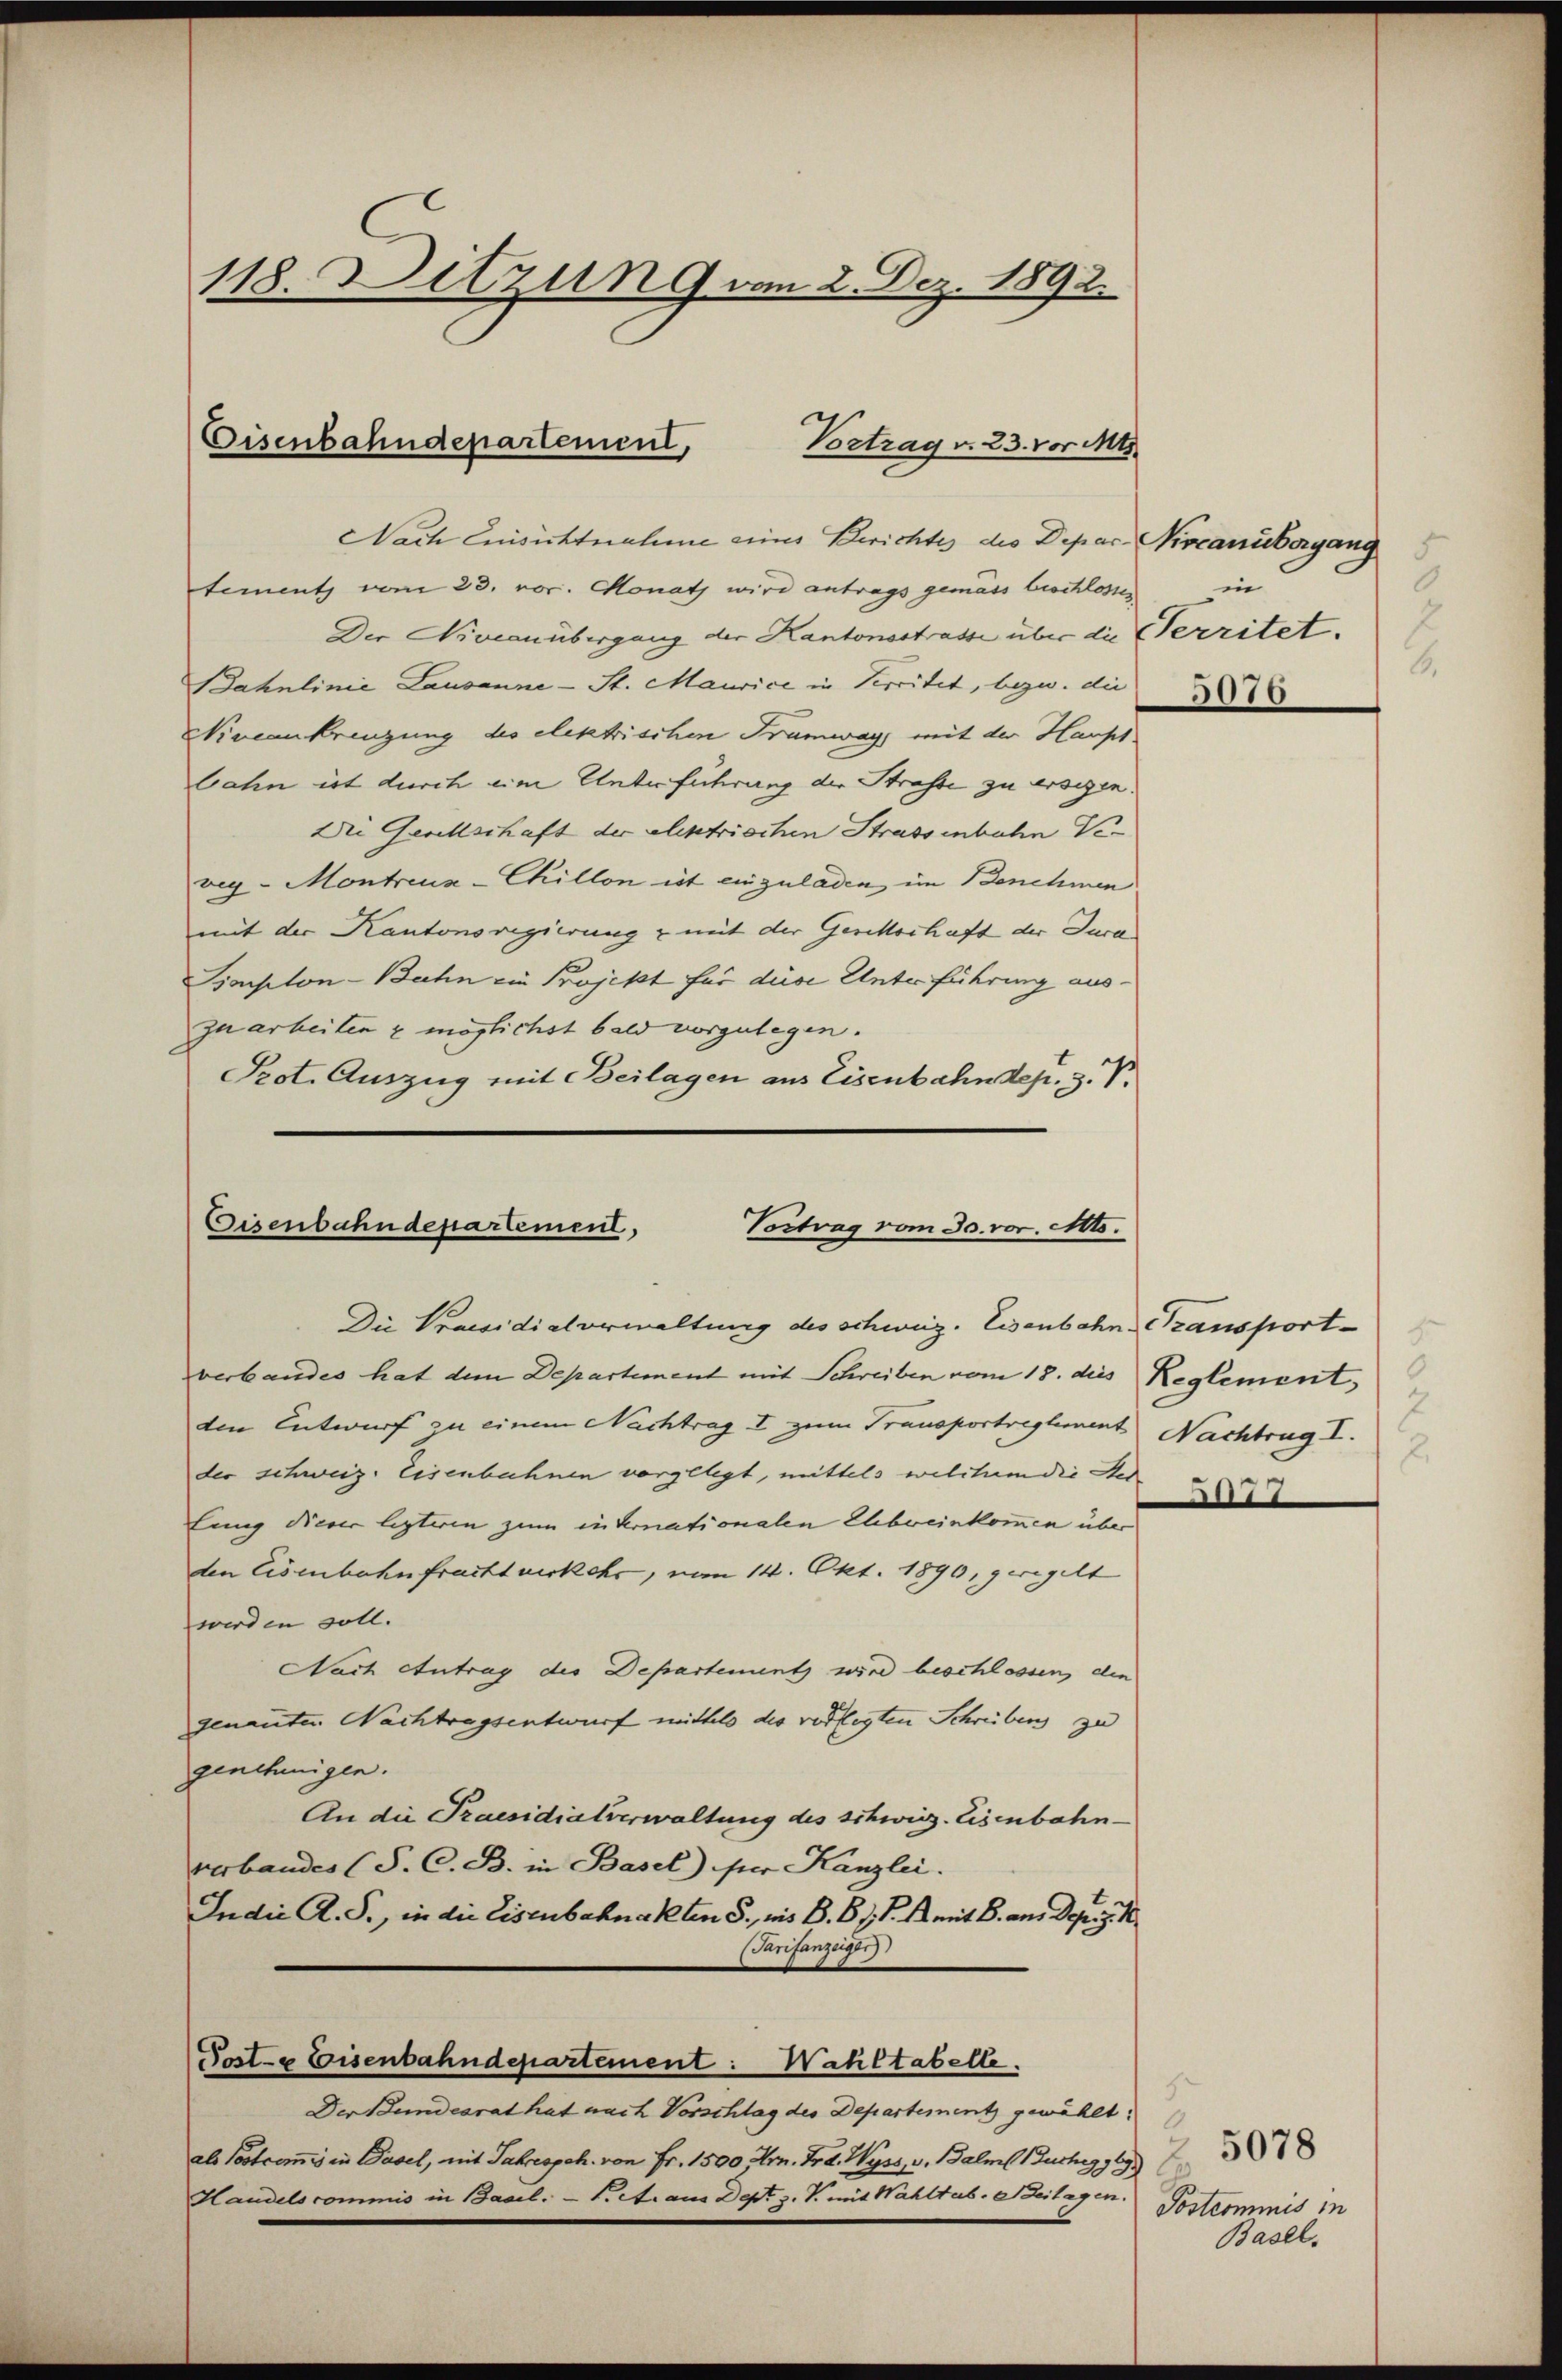
118. Ditzung vom 2. Dez. 1892.

Eisenbahndepartement,
Vortrag v. 23. vor. Mts.

Nach Einsichtnahme eines Berichtes des Depar- Nircanubergang
tement vom 23. vor. Monath wird antrags gemäss beschlosses in
Der Nrocanübergang der Kantonsstraße über die Verritet.
Bahnlinie Lausanne - St. Maurice in Vereitet, bezw. die
Nivcankreuzung des elektrischen Tramway, mit der Hauptbahn ist durch eine Unterführung der Strasse zu ersezen.
Die Gesellschaft der elektrischen Strassenbahn Veveg - Montreux-Chillon ist einzuladen im Benehmen
mit der Kantonsregierung & mit der Gerckschaft der Jura
Limpton-Bahn ein Projekt für diese Unterführung auszu arbeiten & möglichst bald vorzulegen.
Prot. Auszug mit Beilagen aus Eisenbahndep. 3. V.

Eisenbahndepartement,
Vortrag vom 30. vor. Mts.
Die Praesidialverwaltung des schweiz. Eisenbahn Transport-

verbandes hat dem Departement mit Schreiben vom 18. dies Reglement,
den Entwurf zu einem Nachtrag I zum Transportreglement
der schweiz. Eisenbahnen vorgelegt, mittels welchem die der
lung dieser lezteren zum in Vernationalen Elbereinkommen über
den Eisenbahnfrachtverkehr, vom 14. Okt. 1890, geregelt
werden soll.
Nach Antrag der Departenuntz wird beschlossen, die
genanten Nachtragsentwurf mittels des verflegten Schreibens zu
genehmigen.
An die Praesidialverwaltung des schweiz. Eisenbahnverbandes (S. C. B. in Basel) per Kanzlei.
Indii A. S., in die Eisenbahnakten S., mis B. Bd. 1 mit B. an. Dez. 1
(Tarifanzeiges
Poste Eisenbahndepartement: Wahltabelle
Der Bundesrat hat nach Vorschlag des Departement gewählt:
als Postcommis in Basel, mit Jahresgeh. von Fr. 1500 Hrn. Frd. Wyss, v. Balm 1 Juchag 969
Handels commis in Basel. — K. A. aus Dept z. B. mit Wahlt ab. Beilagen.

H.

5
0
6.
5076

2
Nachtrag I.
2

n77

Postcommis in
Basel.

5078